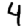
Digit: 4